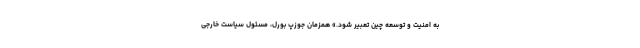
به امنیت و توسعه چین تعبیر شود.» همزمان جوزپ بورل، مسئول سیاست خارجی